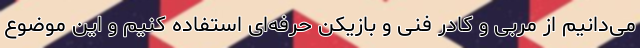
می‌دانیم از مربی و کادر فنی و بازیکن حرفه‌ای استفاده کنیم و این موضوع